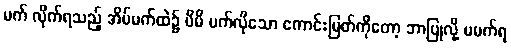
မက် လိုက်ရသည့် အိပ်မက်ထဲ၌ မိမိ မက်လိုသော ကောင်းမြတ်ကိုတော့ ဘာပြုလို့ မမက်ရ